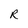
Character: R